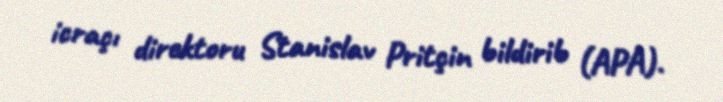
icraçı direktoru Stanislav Pritçin bildirib (APA).